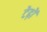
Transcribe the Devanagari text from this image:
टेढ़ों